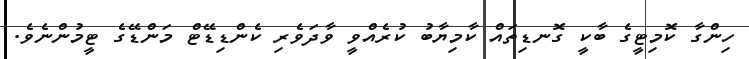
ހިންގާ ކޮމިޓީގެ ބާކީ ގޮނޑިތައް ކާމިޔާބު ކުރެއްވީ ވާދަވެރި ކެންޑިޑޭޓް މަންޑޭގެ ޓީމުންނެވެ.